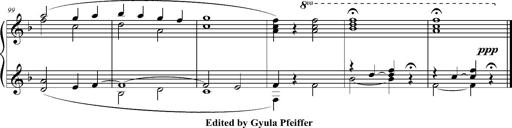
Title: Ave Maria d' Arcadelt
Composer: Franz Liszt